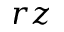
r z